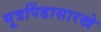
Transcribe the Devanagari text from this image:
मूत्रपिंडासारखे